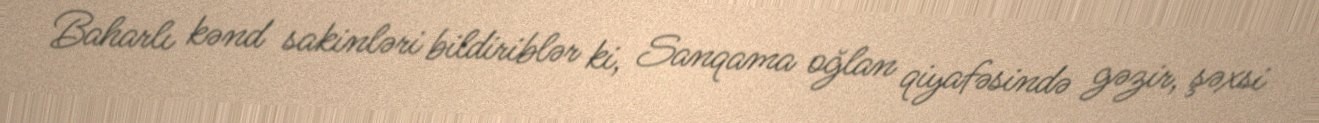
Baharlı kənd sakinləri bildiriblər ki, Sanqama oğlan qiyafəsində gəzir, şəxsi